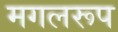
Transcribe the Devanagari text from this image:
मगलरूप